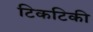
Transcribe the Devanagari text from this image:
टिकटिकी